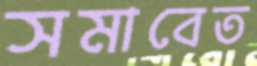
সমাবেত